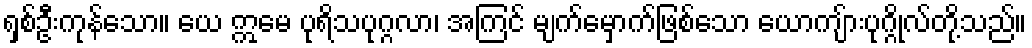
ရှစ်ဦးကုန်သော။ ယေ ဣမေ ပုရိသပုဂ္ဂလာ၊ အကြင် မျက်မှောက်ဖြစ်သော ယောကျ်ားပုဂ္ဂိုလ်တို့သည်။